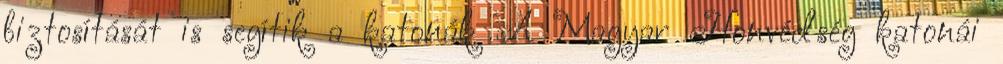
biztosítását is segítik a katonák A Magyar Honvédség katonái